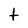
Character: t